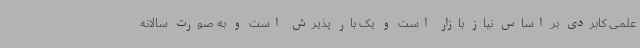
علمی کابردی بر اساس نیاز بازار است و یک بار پذیرش است و به صورت سالانه